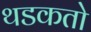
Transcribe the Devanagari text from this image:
थडकतो